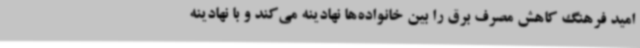
امید فرهنگ کاهش مصرف برق را بین خانواده‌ها نهادینه می‌کند و با نهادینه